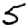
Digit: 5